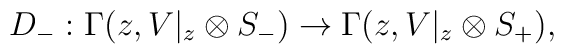
D_{-} : \Gamma (z, V|_{z} \otimes S_{-})\rightarrow  \Gamma (z, V|_{z} \otimes S_{+}),